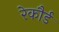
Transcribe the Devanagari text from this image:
रेकौर्ड